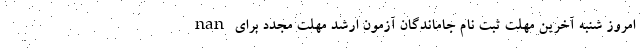
nan امروز شنبه آخرین مهلت ثبت نام جاماندگان آزمون ارشد مهلت مجدد برای